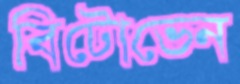
বিটোভেন